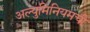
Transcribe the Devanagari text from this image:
अल्युमिनियमची